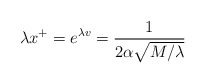
\begin{align*}\lambda x^{+}=e^{\lambda v}=\frac{1}{2\alpha\sqrt{M/\lambda}}\end{align*}